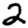
Digit: 2